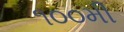
૧૦૦મી